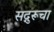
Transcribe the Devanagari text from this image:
सद्गुरूचा